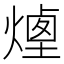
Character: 𤎆